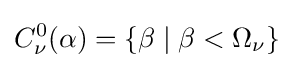
C_{\nu }^{0}(\alpha )=\{\beta \mid \beta <\Omega _{\nu }\}